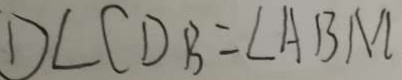
D \angle C D B = \angle A B M